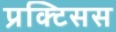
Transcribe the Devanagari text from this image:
प्रक्टिसस